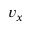
v _ { x }